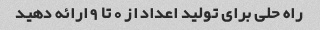
راه حلی برای تولید اعداد از 0 تا 9 ارائه دهید